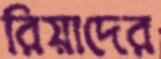
রিয়াদের